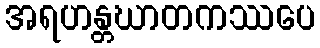
အရဟန္တဃာတကဿပေ